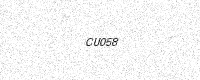
Text: CU058